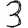
Digit: 3